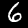
Label: 6